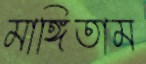
মাঙ্গিতাম